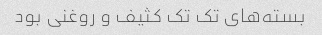
بسته‌های تک تک کثیف و روغنی بود